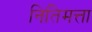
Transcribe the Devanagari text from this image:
नितिमत्ता